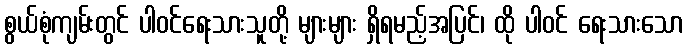
စွယ်စုံကျမ်းတွင် ပါဝင်ရေးသားသူတို့ များများ ရှိရမည့်အပြင်၊ ထို ပါဝင် ရေးသားသော